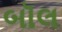
બૉલ